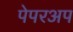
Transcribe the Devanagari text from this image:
पेपरअप